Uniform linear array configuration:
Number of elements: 16
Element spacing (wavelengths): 0.25
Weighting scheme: blackman
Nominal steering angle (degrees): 0
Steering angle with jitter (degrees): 1.696
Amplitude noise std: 0.05
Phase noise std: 0.05

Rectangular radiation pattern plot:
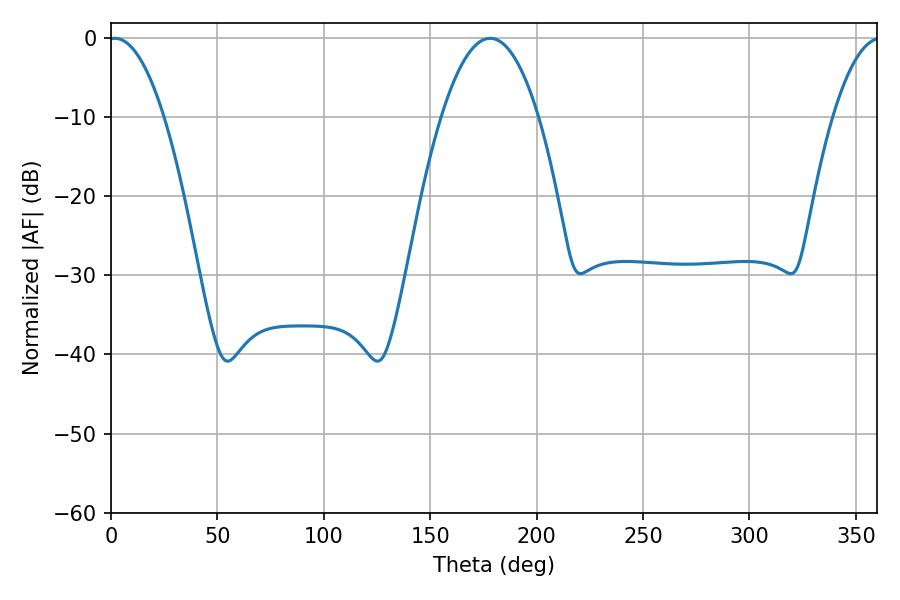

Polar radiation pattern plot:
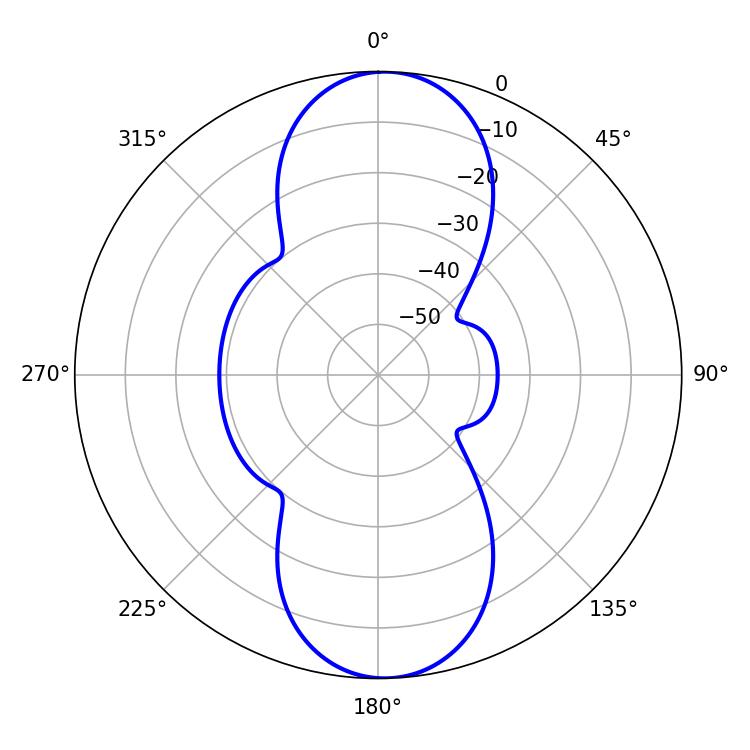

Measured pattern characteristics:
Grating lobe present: FALSE
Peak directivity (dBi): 18.336
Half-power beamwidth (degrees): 14.4
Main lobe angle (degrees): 1.8